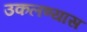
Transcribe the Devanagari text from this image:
उकलण्यास